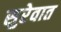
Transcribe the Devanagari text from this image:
सुरेवात